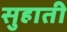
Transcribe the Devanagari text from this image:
सुहाती